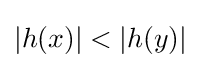
|h(x)|<|h(y)|